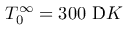
T _ { 0 } ^ { \infty } = 3 0 0 ~ \textrm Ḋ K Ḍ